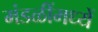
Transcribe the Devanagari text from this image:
मंडळींमध्यें